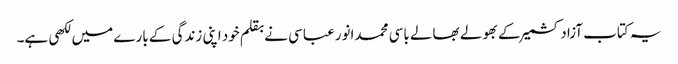
یہ کتاب آزادکشمیر کے بھولے بھالے باسی محمدانورعباسی نے بقلم خود اپنی زندگی کے بارے میں لکھی ہے۔